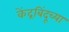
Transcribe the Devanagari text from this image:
केंद्रबिंदूच्या